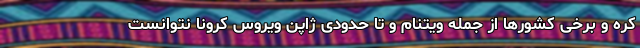
کره و برخی کشورها از جمله ویتنام و تا حدودی ژاپن ویروس کرونا نتوانست